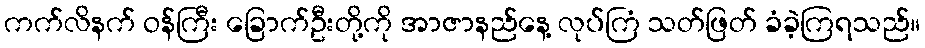
ကက်လိနက် ဝန်ကြီး ခြောက်ဦးတို့ကို အာဇာနည်နေ့ လုပ်ကြံ သတ်ဖြတ် ခံခဲ့ကြရသည်။